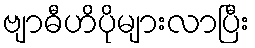
ဗျာဓီဟိပိုများလာပြီး